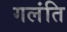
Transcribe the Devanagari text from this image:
गलंति